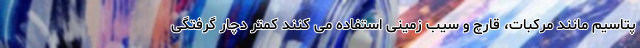
پتاسیم مانند مرکبات، قارچ و سیب زمینی استفاده می کنند کمتر دچار گرفتگی